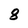
Character: 8